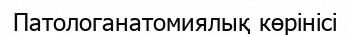
Патологанатомиялық көрінісі